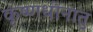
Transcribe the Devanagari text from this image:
कृष्णधीनातु